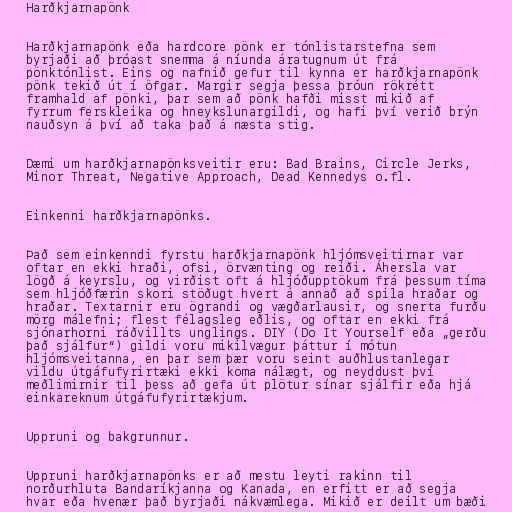
Harðkjarnapönk

Harðkjarnapönk eða hardcore pönk er tónlistarstefna sem
byrjaði að þróast snemma á níunda áratugnum út frá
pönktónlist. Eins og nafnið gefur til kynna er harðkjarnapönk
pönk tekið út í öfgar. Margir segja þessa þróun rökrétt
framhald af pönki, þar sem að pönk hafði misst mikið af
fyrrum ferskleika og hneykslunargildi, og hafi því verið brýn
nauðsyn á því að taka það á næsta stig.

Dæmi um harðkjarnapönksveitir eru: Bad Brains, Circle Jerks,
Minor Threat, Negative Approach, Dead Kennedys o.fl.

Einkenni harðkjarnapönks.

Það sem einkenndi fyrstu harðkjarnapönk hljómsveitirnar var
oftar en ekki hraði, ofsi, örvænting og reiði. Áhersla var
lögð á keyrslu, og virðist oft á hljóðupptökum frá þessum tíma
sem hljóðfærin skori stöðugt hvert á annað að spila hraðar og
hraðar. Textarnir eru ögrandi og vægðarlausir, og snerta furðu
mörg málefni; flest félagsleg eðlis, og oftar en ekki frá
sjónarhorni ráðvillts unglings. DIY (Do It Yourself eða „gerðu
það sjálfur“) gildi voru mikilvægur þáttur í mótun
hljómsveitanna, en þar sem þær voru seint auðhlustanlegar
vildu útgáfufyrirtæki ekki koma nálægt, og neyddust því
meðlimirnir til þess að gefa út plötur sínar sjálfir eða hjá
einkareknum útgáfufyrirtækjum.

Uppruni og bakgrunnur.

Uppruni harðkjarnapönks er að mestu leyti rakinn til
norðurhluta Bandaríkjanna og Kanada, en erfitt er að segja
hvar eða hvenær það byrjaði nákvæmlega. Mikið er deilt um bæði